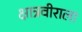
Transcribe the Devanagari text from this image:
क्षात्रवीराला